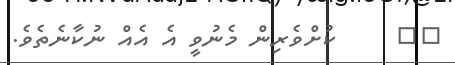
٣٧     ކުށްވެރިން މެނުވީ އެ އެއް ނުކާނެތެވެ.